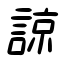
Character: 諒